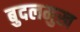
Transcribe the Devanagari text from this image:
बुदलमुख